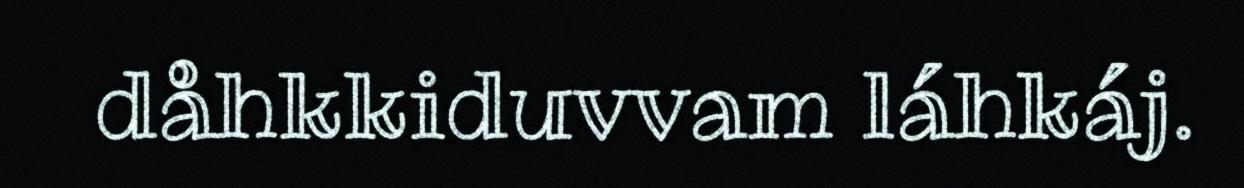
dåhkkiduvvam láhkáj.